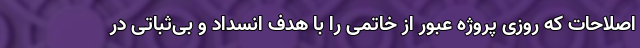
اصلاحات که روزی پروژه عبور از خاتمی ‌را با هدف انسداد و بی‌ثباتی در